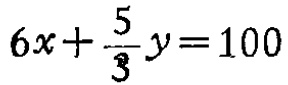
\(6x+\frac{5}{3}y = 100\)